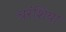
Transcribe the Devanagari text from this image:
चरंशिया